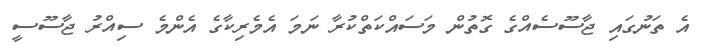
އެ ތަނުގައި ޖާސޫސެއްގެ ގޮތުން މަސައްކަތްކުރާ ނަމަ އެމެރިކާގެ އެންމެ ސިއްރު ޖާސޫސީ